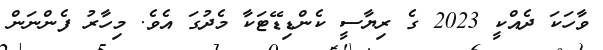
ވާހަކަ ދެއްކީ 2023 ގެ ރިޔާސީ ކެންޑިޑޭޓަކާ މެދުގަ އެވެ. މިހާރު ފެންނަން